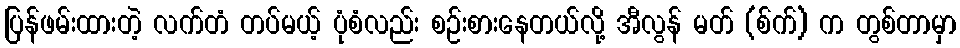
ပြန်ဖမ်းထားတဲ့ လက်တံ တပ်မယ့် ပုံစံလည်း စဉ်းစားနေတယ်လို့ အီလွန် မတ် (စ်က်) က တွစ်တာမှာ